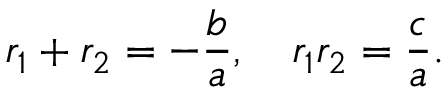
r _ { 1 } + r _ { 2 } = - { \frac { b } { a } } , \quad r _ { 1 } r _ { 2 } = { \frac { c } { a } } .